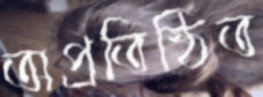
অপ্রতিষ্ঠিত